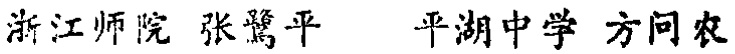
浙江师院 张鷟平  平湖中学 方问农